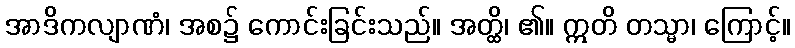
အာဒိကလျာဏံ၊ အစ၌ ကောင်းခြင်းသည်။ အတ္ထိ၊ ၏။ ဣတိ တသ္မာ၊ ကြောင့်။